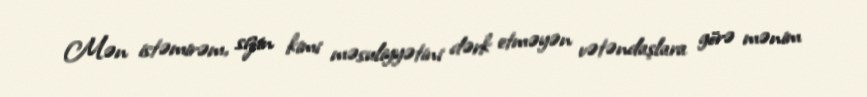
Mən istəmirəm, sizin kimi məsuliyyətini dərk etməyən vətəndaşlara görə mənim